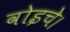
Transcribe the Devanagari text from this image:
वोइचे।